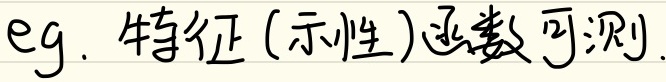
eg. 特征 (示性)函数可测.